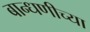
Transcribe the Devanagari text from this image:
बान्धणीच्या